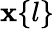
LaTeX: \mathbf{x}\{ l\}